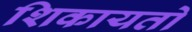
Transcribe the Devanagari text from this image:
शिकायतो